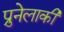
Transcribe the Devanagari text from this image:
प्रुनेलाकी